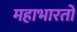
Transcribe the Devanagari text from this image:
महाभारतो